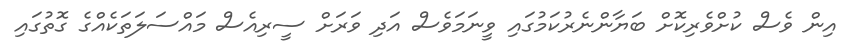
އިން ވެސް ކުށްވެރިކޮށް ބަޔާންނެރުކަމުގައި ވީނަމަވެސް އަދި ވަރަށް ސީރިއެސް މައްސަލަތަކެއްގެ ގޮތުގައި